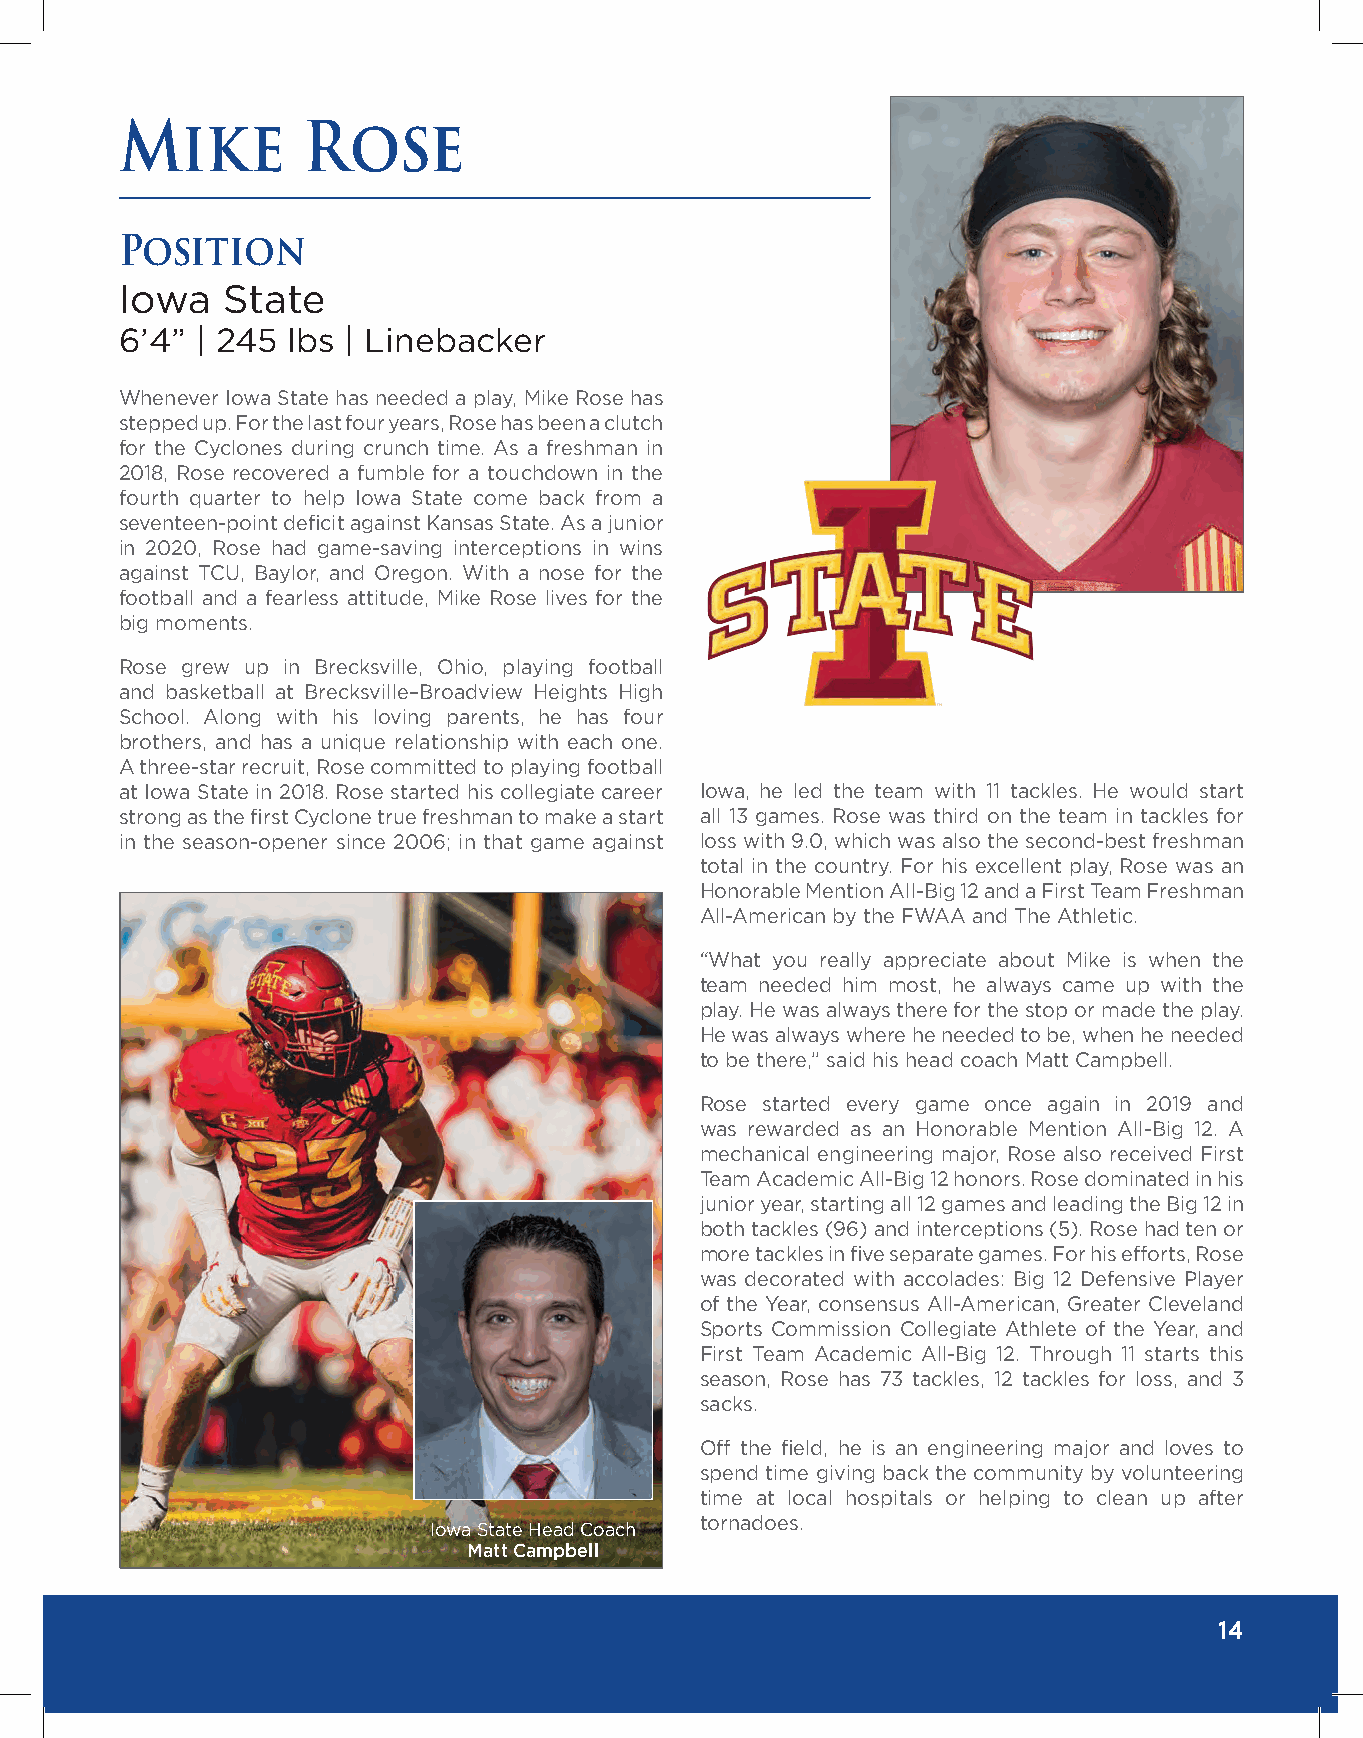
Mike        Rose
 Position
 Iowa   State
 6’4” | 245 lbs | Linebacker
 Whenever Iowa State has needed a play, Mike Rose has
 stepped up. For the last four years, Rose has been a clutch
 for the Cyclones during crunch time. As a freshman in
 2018, Rose recovered a fumble for a touchdown in the
 fourth quarter to help Iowa State come back from a
 seventeen-point deficit against Kansas State. As a junior
 in 2020, Rose had game-saving interceptions in wins
 against TCU, Baylor, and Oregon. With a nose for the
 football and a fearless attitude, Mike Rose lives for the
 big moments.
 Rose grew up in Brecksville, Ohio, playing football
 and basketball at Brecksville–Broadview Heights High
 School. Along with his loving parents, he has four
 brothers, and has a unique relationship with each one.
 A three-star recruit, Rose committed to playing football
 at Iowa State in 2018. Rose started his collegiate career Iowa, he led the team with 11 tackles. He would start
 strong as the first Cyclone true freshman to make a start all 13 games. Rose was third on the team in tackles for
 in the season-opener since 2006; in that game against loss with 9.0, which was also the second-best freshman
 total in the country. For his excellent play, Rose was an
 Honorable Mention All-Big 12 and a First Team Freshman
 All-American by the FWAA and The Athletic.
 “What you really appreciate about Mike is when the
 team needed him most, he always came up with the
 play. He was always there for the stop or made the play.
 He was always where he needed to be, when he needed
 to be there,” said his head coach Matt Campbell.
 Rose started every game once again in 2019 and
 was rewarded as an Honorable Mention All-Big 12. A
 mechanical engineering major, Rose also received First
 Team Academic All-Big 12 honors. Rose dominated in his
 junior year, starting all 12 games and leading the Big 12 in
 both tackles (96) and interceptions (5). Rose had ten or
 more tackles in five separate games. For his efforts, Rose
 was decorated with accolades: Big 12 Defensive Player
 of the Year, consensus All-American, Greater Cleveland
 Sports Commission Collegiate Athlete of the Year, and
 First Team Academic All-Big 12. Through 11 starts this
 season, Rose has 73 tackles, 12 tackles for loss, and 3
 sacks.
 Off the field, he is an engineering major and loves to
 spend time giving back the community by volunteering
 time at local hospitals or helping to clean up after
 tornadoes.
 Iowa State Head Coach
 Matt Campbell
 14